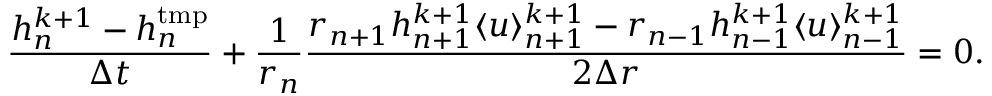
\frac { h _ { n } ^ { k + 1 } - h _ { n } ^ { \mathrm { t m p } } } { \Delta t } + \frac { 1 } { r _ { n } } \frac { r _ { n + 1 } h _ { n + 1 } ^ { k + 1 } \langle u \rangle _ { n + 1 } ^ { k + 1 } - r _ { n - 1 } h _ { n - 1 } ^ { k + 1 } \langle u \rangle _ { n - 1 } ^ { k + 1 } } { 2 \Delta r } = 0 .